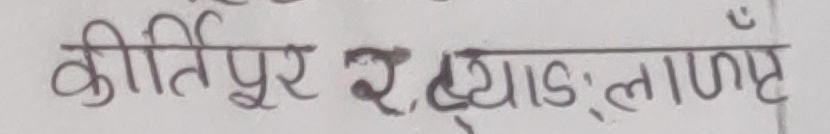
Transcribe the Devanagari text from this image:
कीर्तिपुर र ह्याङ्गलाङ्ग